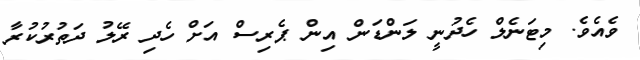
ވެއެވެ. މިޓަނެލް ހެދުނީ ލަންޑަން އިން ޕެރިސް އަށް ހެދި ރޭލު ދަތުރުކުރާ